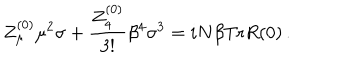
Z _ { \mu } ^ { ( 0 ) } \mu ^ { 2 } \sigma + \frac { Z _ { 4 } ^ { ( 0 ) } } { 3 ! } \beta ^ { 4 } \sigma ^ { 3 } = i N \beta \mathrm { T r } R ( 0 ) \, .